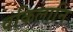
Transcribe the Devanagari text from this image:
वकिलानि